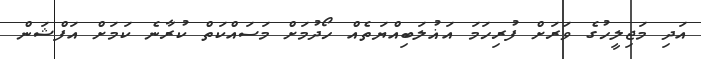
އަދި މަޖިލީހުގެ ވަރަށް ފުރިހަމަ އަޣުލަބިއްޔަތެއް ހޯދުމަށް މަސައްކަތް ކުރާނެ ކަމަށް އަފްޝަން